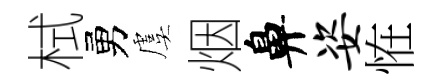
栻勇虞烟鼻姿恠